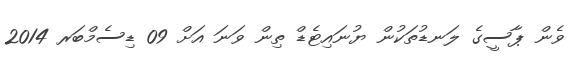
ވެން ޕާސީގެ ލަނޑުތަކުން ޔުނައިޓެޑް ތިން ވަނަ އަށް 09 ޑިސެމްބަރ 2014